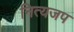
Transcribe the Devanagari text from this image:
नित्यजप